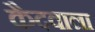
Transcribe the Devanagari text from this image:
कैदवाला